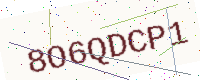
Text: 8O6QDCP1